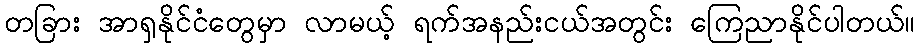
တခြား အာရှနိုင်ငံတွေမှာ လာမယ့် ရက်အနည်းငယ်အတွင်း ကြေညာနိုင်ပါတယ်။